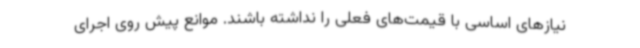
نیازهای اساسی با قیمت‌های فعلی را نداشته‌ باشند. موانع پیش روی اجرای